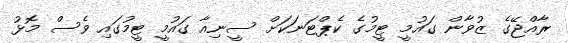
ރާއްޖޭގެ ޒުވާން ގައުމީ ޓީމުގެ ކެޕްޓަނަކަށް ސީނިއާ ގައުމީ ޓީމުގައި ވެސް މޮޅު